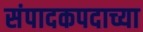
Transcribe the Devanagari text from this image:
संपादकपदाच्या